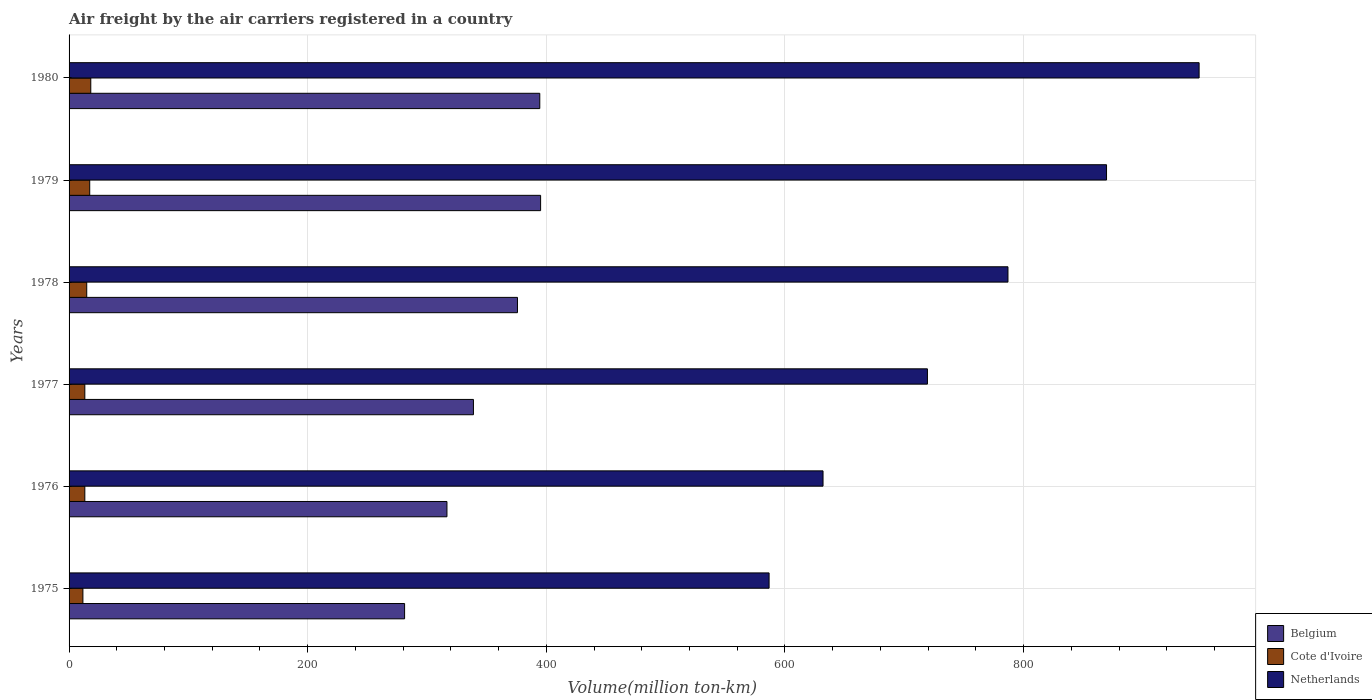
| Years | Belgium | Cote d'Ivoire | Netherlands |
 | --- | --- | --- | --- |
 | 1975 | 281 | 11.6 | 587 |
 | 1976 | 317 | 13.2 | 632 |
 | 1977 | 339 | 13.2 | 719 |
 | 1978 | 376 | 14.8 | 787 |
 | 1979 | 395 | 17.3 | 870 |
 | 1980 | 394 | 18.2 | 947 |